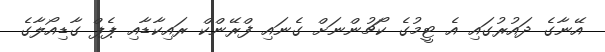
އޭނާގެ ދައުރުގައި އެ ޓީމުގެ ކޯޗުންނަށް ގެނައި ފްރޭންކް ރައިކާޑާއި ޕެޕް ގާޑިއޯލާގެ